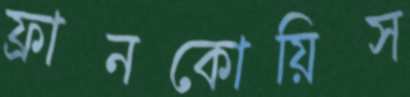
ফ্রানকোয়িস